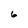
Character: 6